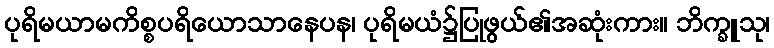
ပုရိမယာမကိစ္စပရိယောသာနေပန၊ ပုရိမယံ၌ပြုဖွယ်၏အဆုံးကား။ ဘိက္ခူသု၊